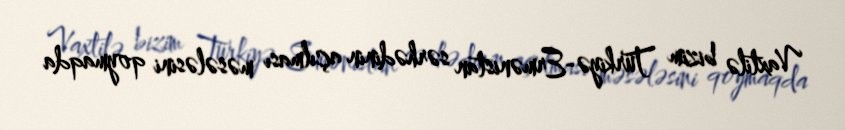
Vaxtilə bizim Türkiyə-Ermənistan sərhədinin açılması məsələsini qoymaqda